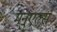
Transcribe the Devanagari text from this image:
मनुएल्स